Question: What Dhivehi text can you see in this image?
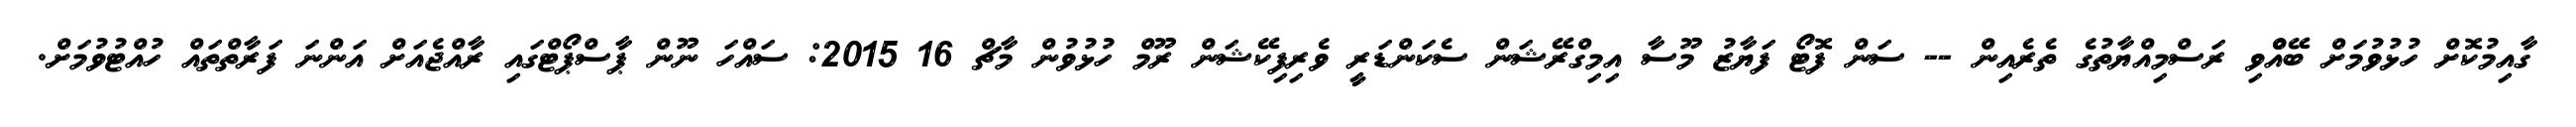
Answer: ގާއިމުކޮށް ހުޅުވުމަށް ބޭއްްވި ރަސްމިއްޔާތުގެ ތެރެއިން -- ސަން ފޮޓޯ ފަޔާޒު މޫސާ އިމިގްރޭޝަން ސެކަންޑަރީ ވެރިފިކޭޝަން ރޫމް ހުޅުވުން މާޗް 16 2015: ސައްހަ ނޫން ޕާސްޕޯޓްގައި ރާއްޖެއަށް އަންނަ ފަރާތްތައް ހުއްޓުވުމަށް.